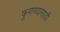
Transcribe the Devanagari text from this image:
फुगण्यासाठी